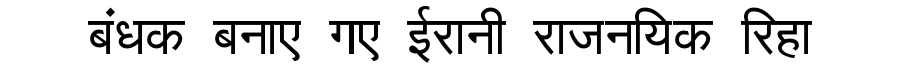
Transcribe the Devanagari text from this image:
बंधक बनाए गए ईरानी राजनयिक रिहा